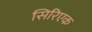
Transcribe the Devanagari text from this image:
सिरिएक